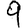
Digit: 9